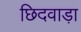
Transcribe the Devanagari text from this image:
छिदवाड़ा